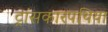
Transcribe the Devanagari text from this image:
ट्रांसकारपथिया